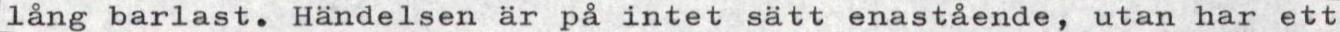
lång barlast. Händelsen är på intet sätt enastående, utan har ett